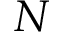
N